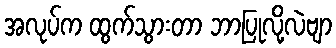
အလုပ်က ထွက်သွားတာ ဘာပြုလို့လဲဗျာ